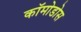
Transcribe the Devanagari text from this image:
कॉमोडोस